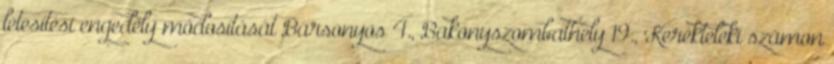
létesítési engedély módosítását Bársonyos 4., Bakonyszombathely 19., Kerékteleki számon